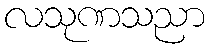
လသုဏသညာ